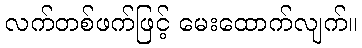
လက်တစ်ဖက်ဖြင့် မေးထောက်လျက်။